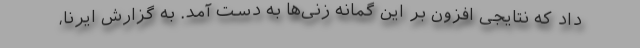
داد که نتایجی افزون بر این گمانه زنی‌ها به دست آمد. به گزارش ایرنا،